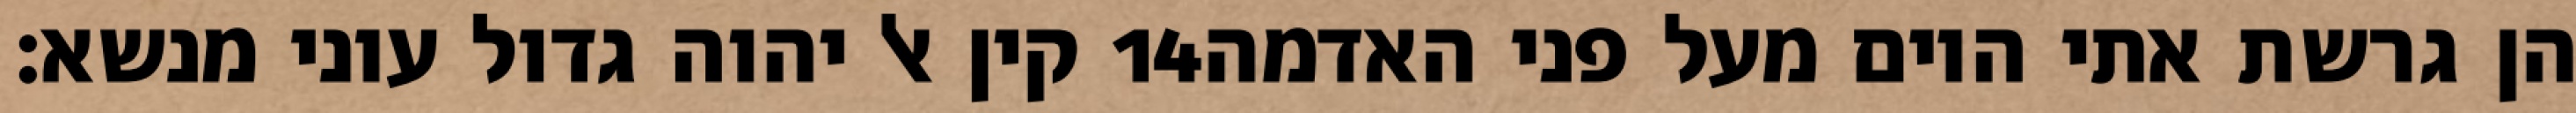
קין אל יהוה גדול עוני מנשא׃ ‎14‏ הן גרשת אתי היום מעל פני האדמה